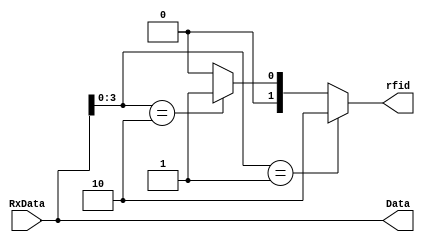
module RFID(RxData,rfid, Data);

input [7:0]RxData;
output reg[1:0] rfid;
output reg [7:0]Data;

always@(*)begin
Data=RxData;
if (RxData[3:0]==4'b0001) begin rfid=2'b10; end
else if (RxData[3:0]==4'b0010) begin rfid=2'b01; end
else begin rfid=0; end
end
endmodule